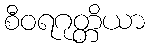
စီဝရဂုတ္တိယာ